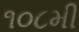
૧૦૮મી